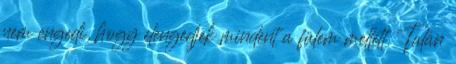
nem engedi, hogy elengedjek mindent a fülem mellett. Talán